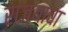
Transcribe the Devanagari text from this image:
राज्‍याचा